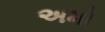
અમો